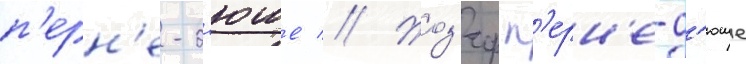
п'ерн'е-д'юше // Жоз'еф п'ерн'е-д'юше